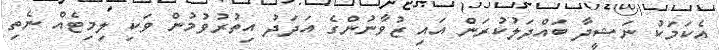
އެކަމަކު ނަޝީދާ ބައްދަލުކުރަން އައި ޒުވާނުންގެ އަދަދު އިތުރުވުމުން ވަކި ލިމިޓެއް ނެތި